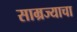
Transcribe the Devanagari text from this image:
साम्रज्याचा